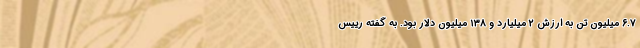
۶.۷ میلیون تن به ارزش ۲ میلیارد و ۱۳۸ میلیون دلار بود. به گفته رییس